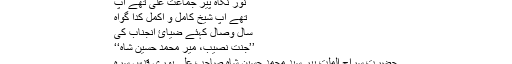
بزم جہاں سے آج محمد حسین شاہ
نور نگاہ پیر جماعت علی تھے آپ
تھے آپ شیخ کامل و اکمل کدا گواہ
سال وصال کہئے ضیائؔ آنجناب کی
’’جنت نصیب، میر محمد حسین شاہ‘‘
حضرت سراج الملّت پیر سیّد محمد حسین شاہ صاحب علی پوری قدس سرّہ
علی پور سیّداں ضِلع سیال کوٹ ۱۲۹۵ھ/۱۸۷۸ء ۔